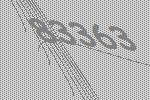
83363